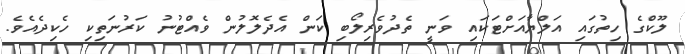
ލޫކްގެ ހިތުގައި އަލްޔާއަށްޓަކައި ވަނީ ތެދުވެރިލޯބި ކަން އެދެލޮލުން ވެއްޓުނު ކަރުނަތިކި ހެކިދެއެވެ.